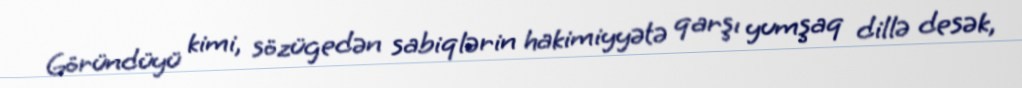
Göründüyü kimi, sözügedən sabiqlərin hakimiyyətə qarşı yumşaq dillə desək,